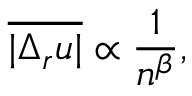
\overline { { | \Delta _ { r } u | } } \propto \frac { 1 } { n ^ { \beta } } ,